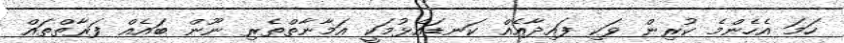
ހަމަ އެހެންމެ ކުރިން ވަކި ފައިދާއެއް ކަނޑައެޅުމަކީ އަމާނާތްތެރި ނޫން ބައެއް ފަރާތްތައް